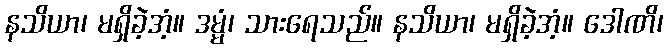
နသိယာ၊ မရှိခဲ့အံ့။ ဒမ္မံ၊ သားရေသည်။ နသိယာ၊ မရှိခဲ့အံ့။ ဒေါဏိ၊